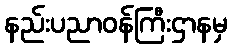
နည်းပညာဝန်ကြီးဌာနမှ